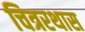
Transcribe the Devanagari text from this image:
चित्ररथास